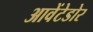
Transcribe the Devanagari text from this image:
आवेंटेडोर